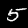
Digit: 5